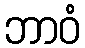
ဘာဝံ